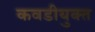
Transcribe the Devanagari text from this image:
कवडीयुक्‍त